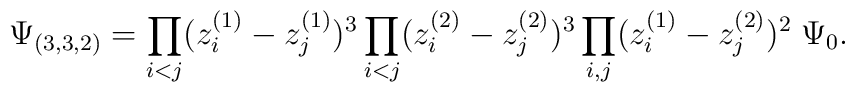
\Psi_{(3,3,2)}=\prod_{i<j} (z_i^{(1)}-z_j^{(1)})^{3}\prod_{i<j} (z_i^{(2)}-z_j^{(2)})^{3}\prod_{i,j} (z_i^{(1)}-z_j^{(2)})^{2}\; \Psi_{0}.